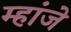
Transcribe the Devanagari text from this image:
म्हांजे